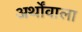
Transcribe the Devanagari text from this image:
अर्थोंवाला